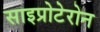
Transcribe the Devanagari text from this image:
साइप्रोटेरोन